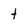
Character: t